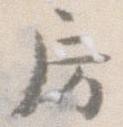
房